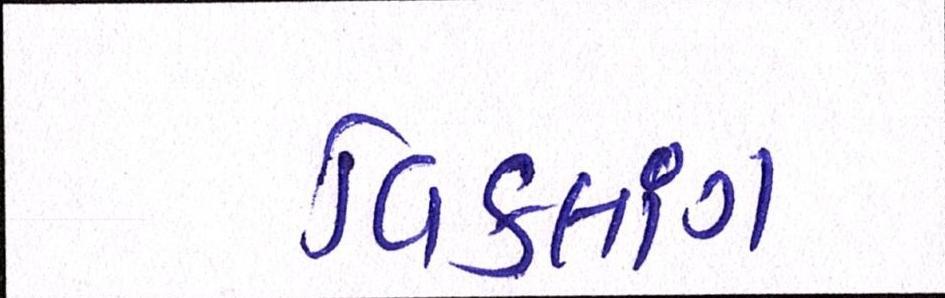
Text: વિકલાંગ